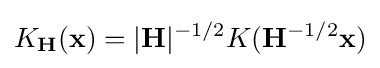
K_{\mathbf {H} }(\mathbf {x} )=|\mathbf {H} |^{-1/2}K(\mathbf {H} ^{-1/2}\mathbf {x} )